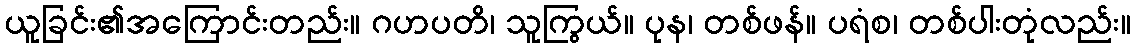
ယူခြင်း၏အကြောင်းတည်း။ ဂဟပတိ၊ သူကြွယ်။ ပုန၊ တစ်ဖန်။ ပရံစ၊ တစ်ပါးတုံလည်း။